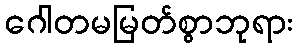
ဂေါတမမြတ်စွာဘုရား